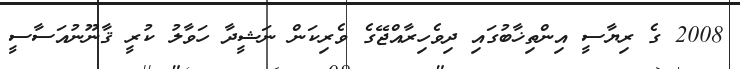
2008 ގެ ރިޔާސީ އިންތިޚާބުގައި ދިވެހިރާއްޖޭގެ ވެރިކަން ނަޝީދާ ހަވާލު ކުރީ ޤާނޫނުއަސާސީ